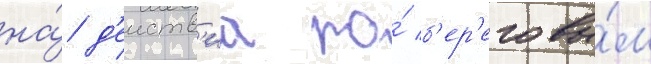
на́ д'еиств'иа по́ б'ер'еговы́м